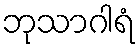
ဘုသာဂါရံ